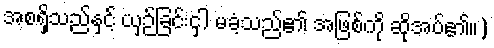
အစရှိသည်နှင့် ယှဉ်ခြင်းငှါ မခံ့သည်၏ အဖြစ်ကို ဆိုအပ်၏။)